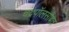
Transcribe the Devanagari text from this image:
चंद्रपॉलसोबत